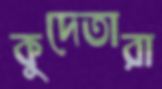
কুদেতারা